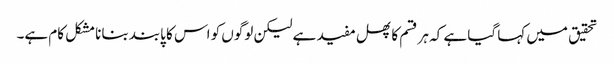
تحقیق میں کہا گیا ہے کہ ہر قسم کا پھل مفید ہے لیکن لوگوں کو اس کا پابند بنانا مشکل کام ہے۔